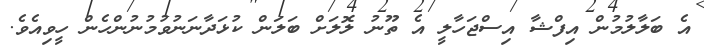
އެ ބަލާލުމުން އިފްޝާ އިސްޖަހާލީ އެ ތޫނު ލޮލަށް ބަލަން ކުޅަދާނަނުވުމުނުންހެން ހީވިއެވެ.